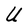
Character: U